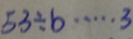
5 3 \div b \cdots 3